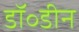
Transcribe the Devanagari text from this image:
डॉ॰डीन